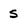
Character: S